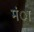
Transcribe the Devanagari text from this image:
मंा